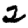
Digit: 2